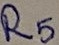
Text: R5